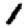
Digit: 1